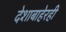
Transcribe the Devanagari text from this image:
देशाबाहेरही